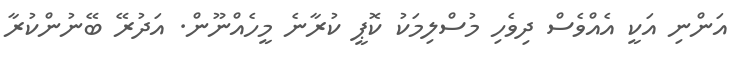
އަންނި އަކީ އެއްވެސް ދިވެހި މުސްލިމަކު ކޮޕީ ކުރާނެ މީހެއްނޫން. އަދުރޭ ބޭނުންކުރާ